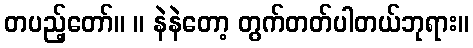
တပည့်တော်။ ။ နဲနဲတော့ တွက်တတ်ပါတယ်ဘုရား။